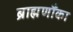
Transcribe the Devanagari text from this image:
ब्राह्मणौंका